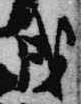
戌